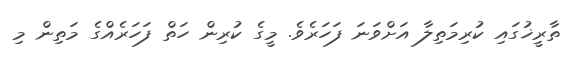
ތާރީޚުގައި ކުރިމަތިލާ އަށްވަނަ ފަހަރެވެ. މީގެ ކުރިން ހަަތް ފަހަރެއްގެ މަތިން މި